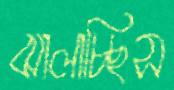
ঝালাচ্ছিস